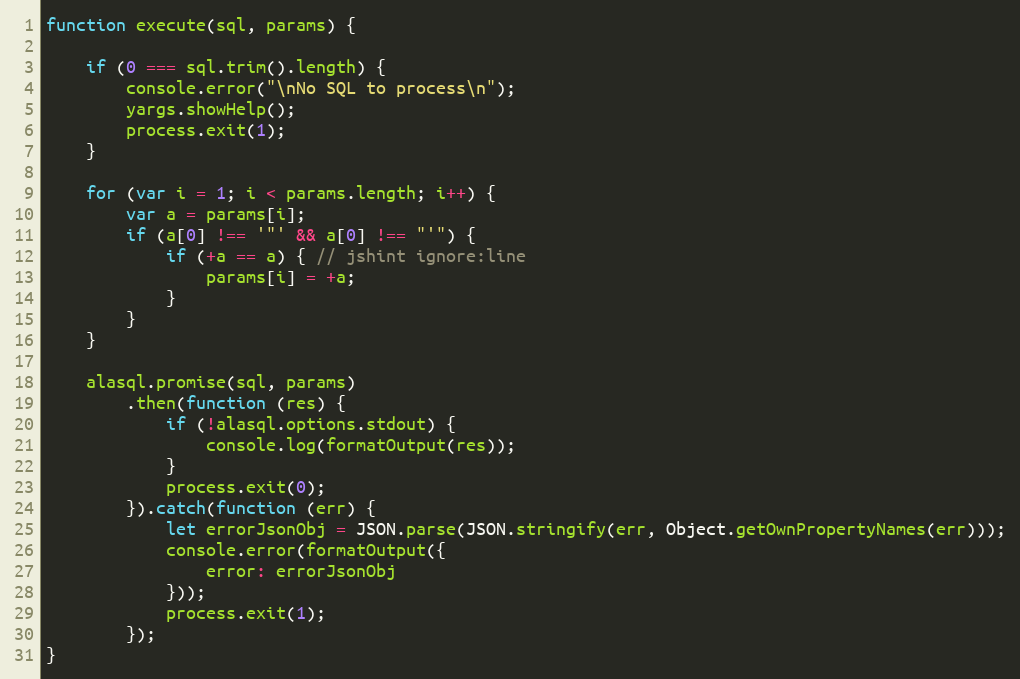
Language: JavaScript
function execute(sql, params) {

	if (0 === sql.trim().length) {
		console.error("\nNo SQL to process\n");
		yargs.showHelp();
		process.exit(1);
	}

	for (var i = 1; i < params.length; i++) {
		var a = params[i];
		if (a[0] !== '"' && a[0] !== "'") {
			if (+a == a) { // jshint ignore:line
				params[i] = +a;
			}
		}
	}

	alasql.promise(sql, params)
		.then(function (res) {
			if (!alasql.options.stdout) {
				console.log(formatOutput(res));
			}
			process.exit(0);
		}).catch(function (err) {
			let errorJsonObj = JSON.parse(JSON.stringify(err, Object.getOwnPropertyNames(err)));
			console.error(formatOutput({
				error: errorJsonObj
			}));
			process.exit(1);
		});
}